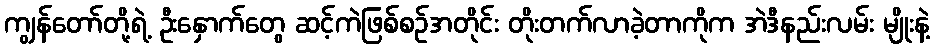
ကျွန်တော်တို့ရဲ့ ဦးနှောက်တွေ ဆင့်ကဲဖြစ်စဉ်အတိုင်း တိုးတက်လာခဲ့တာကိုက အဲဒီနည်းလမ်း မျိုးနဲ့